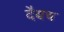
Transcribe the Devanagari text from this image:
दैवच